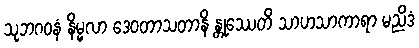
သုဘဂဝနံ နိမ္မလာ ဒေဝတာသတာနိ န္တုဿေတိ သာဟသာကာရာ မညိဒံ